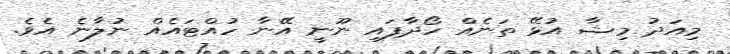
މިއަދު މިޝާ އުޅޭ ތަނެއް ހޯދާފައި ނޫނީ އޭނާ ހުއްޓައެއް ނުލާނެ އެވެ.